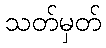
သတ်မှတ်